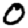
Digit: 0